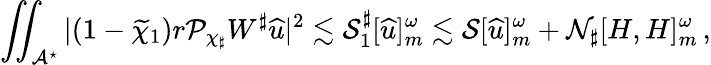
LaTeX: \iint_{\mathcal{A}^{\star}}|(1-\widetilde{\chi}_{1})r\mathcal{P}_{\chi_{\sharp}}W^{\sharp}{\widehat{u}}|^{2}\lesssim\mathcal{S}_{1}^{\sharp}[{\widehat{u}}]_{m}^{\omega}\lesssim\mathcal{S}[{\widehat{u}}]_{m}^{\omega}+\mathcal{N}_{\sharp}[H,H]_{m}^{\omega}\, ,